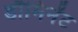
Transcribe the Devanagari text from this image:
डौमिनेंट